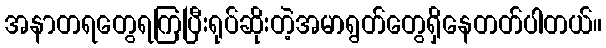
အနာတရတွေရကြပြီးရုပ်ဆိုးတဲ့အမာရွတ်တွေရှိနေတတ်ပါတယ်။